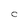
Character: C